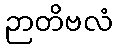
ဉာတိဗလံ